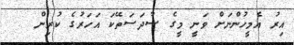
އިރު އެމީހުންނަށް ވަނީ މީގެ ސާދަސަތޭކަ އަހަރުގެ ކުރިން